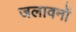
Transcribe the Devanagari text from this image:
जलावनों